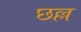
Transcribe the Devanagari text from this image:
छल्ल